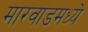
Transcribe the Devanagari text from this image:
मारवाडमध्ये